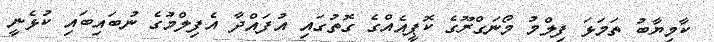
ކާމިޔާބު ތަމަޅަ ފިލްމު މޯނަގްރޫގެ ކޮޕީއެއްގެ ގޮތުގައި އުފައްދާ އެފިލްމުގެ ނުބައިބައި ކުޅެނީ